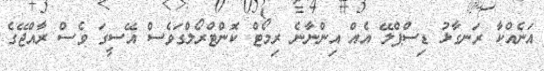
އަނެއްކާ ރަނގާޅު ޑިސްޕްލޭ އެއް އިންނާނެ ރިމޯޓް ކޮންޓްރޯލްގަވެސް އޭސީގަ ވެސް ރާއްޖޭގެ